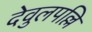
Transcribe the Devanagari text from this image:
देवुलपल्लि